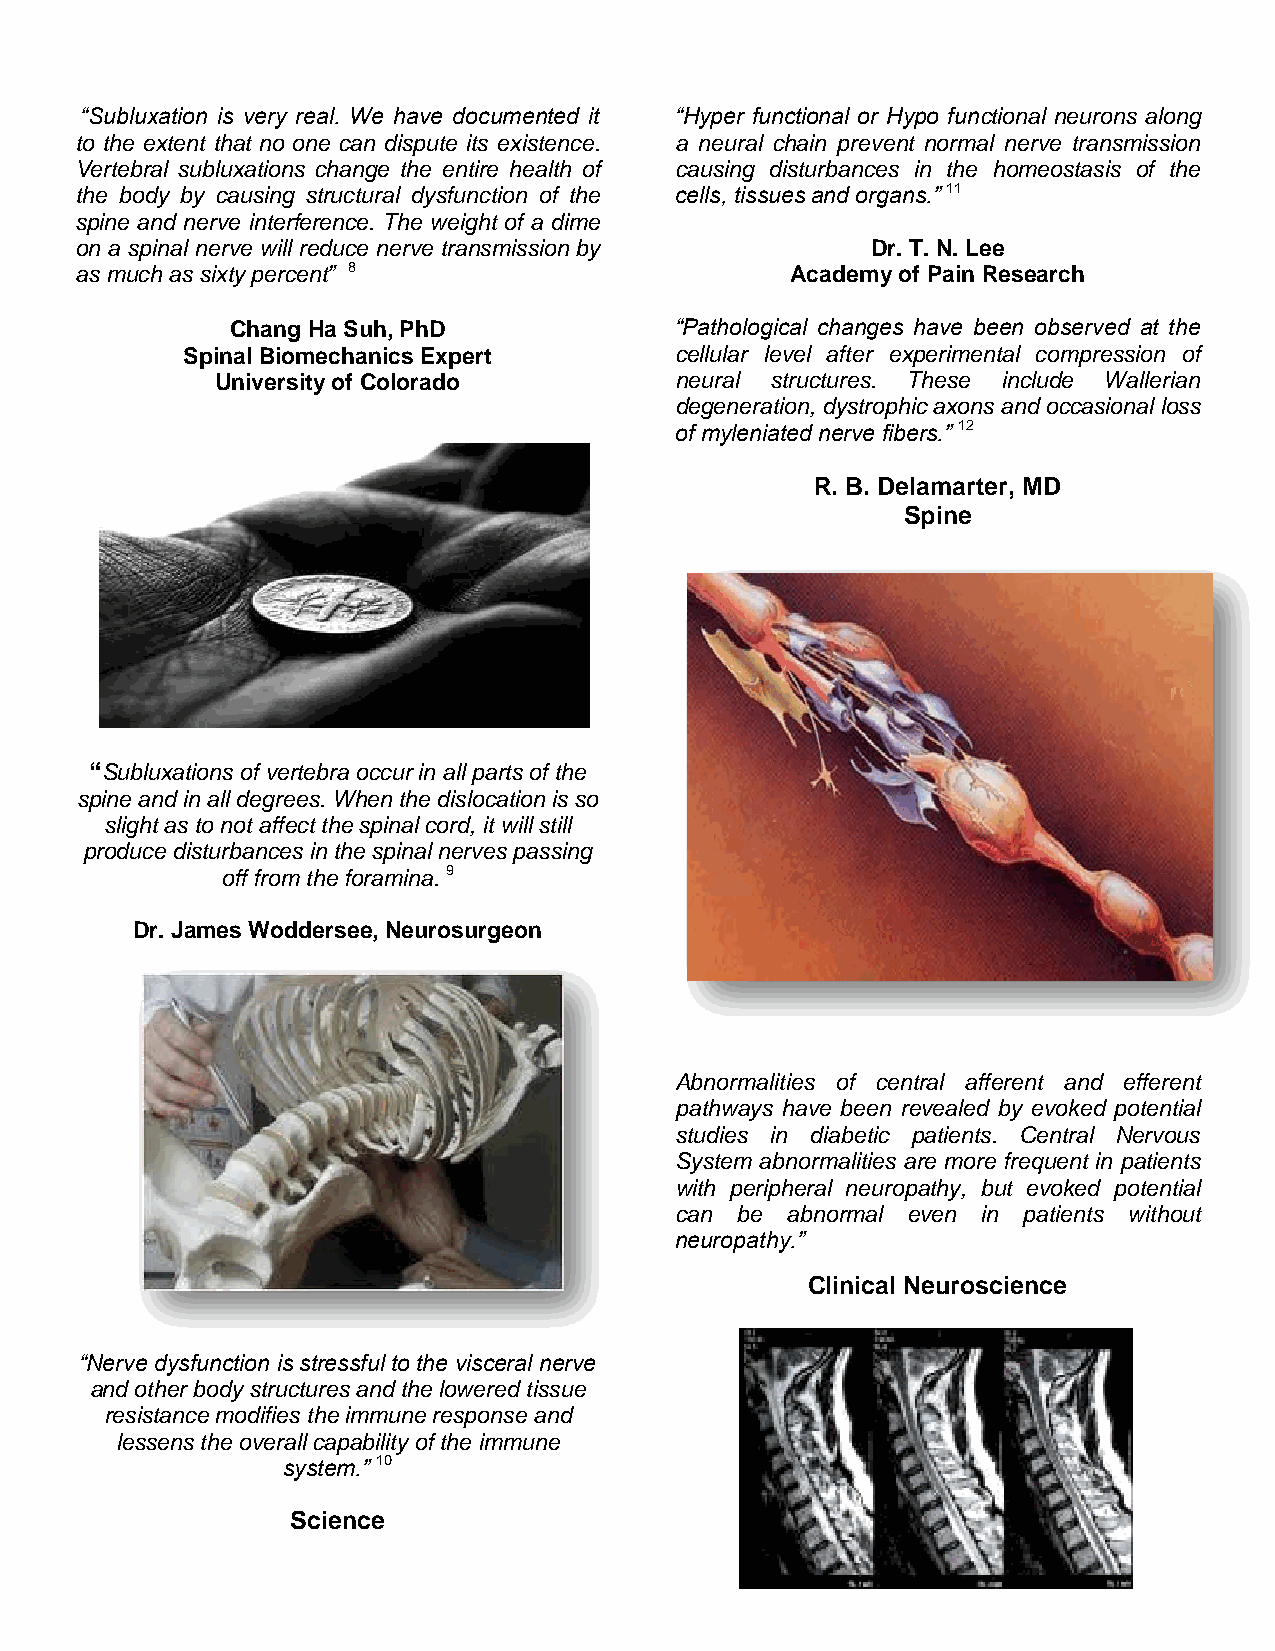
“Subluxation is very real. We have documented it “Hyper functional or Hypo functional neurons along
 to the extent that no one can dispute its existence. a neural chain prevent normal nerve transmission
 Vertebral subluxations change the entire health of causing disturbances in the homeostasis of the
 the body by causing structural dysfunction of the cells, tissues and organs.” 11
 spine and nerve interference. The weight of a dime
 on a spinal nerve will reduce nerve transmission by  Dr. T. N. Lee
 as much as sixty percent” 8                    Academy of Pain Research
 Chang Ha Suh, PhD             “Pathological changes have been observed at the
 Spinal Biomechanics Expert       cellular level after experimental compression of
 University of Colorado         neural structures. These include Wallerian
 degeneration, dystrophic axons and occasional loss
 of myleniated nerve fibers.” 12
 R. B. Delamarter, MD
 Spine
 “Subluxations of vertebra occur in all parts of the
 spine and in all degrees. When the dislocation is so
 slight as to not affect the spinal cord, it will still
 produce disturbances in the spinal nerves passing
 off from the foramina. 9
 Dr. James Woddersee, Neurosurgeon
 Abnormalities of central afferent and efferent
 pathways have been revealed by evoked potential
 studies in diabetic patients. Central Nervous
 System abnormalities are more frequent in patients
 with peripheral neuropathy, but evoked potential
 can be abnormal even in patients without
 neuropathy.”
 Clinical Neuroscience
 “Nerve dysfunction is stressful to the visceral nerve
 and other body structures and the lowered tissue
 resistance modifies the immune response and
 lessens the overall capability of the immune
 system.” 10
 Science